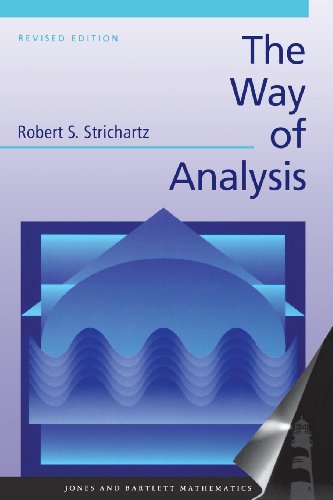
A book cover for The Way of Analysis, Revised Edition (Jones and Bartlett Books in Mathematics); Robert S. Strichartz; Science & Math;